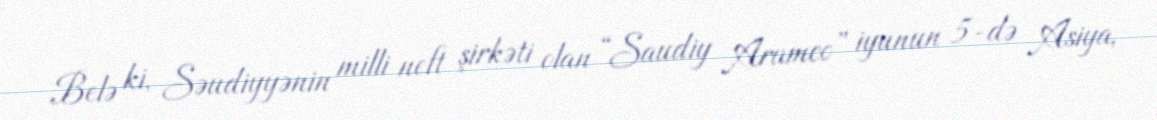
Belə ki, Səudiyyənin milli neft şirkəti olan “Saudiy Aramco” iyunun 5-də Asiya,